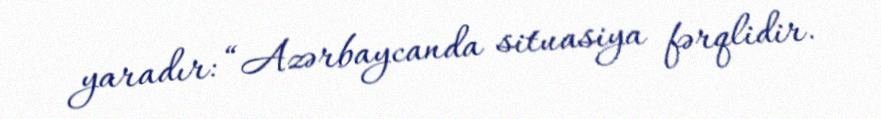
yaradır: “Azərbaycanda situasiya fərqlidir.